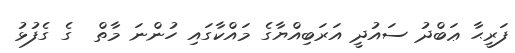
ފަރީޙާ ޢަބްދު ސައުދީ އަރަބިއްޔާގެ މައްކާގައި ހުންނަ މާތް  ގެ ގެފުޅު